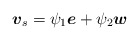
\begin{align*}\mbox{\mathversion{bold}$v$}_{s}=\psi _{1}\mbox{\mathversion{bold}$e$}+\psi_{2}\mbox{\mathversion{bold}$w$}\end{align*}